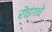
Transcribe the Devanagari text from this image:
रोइंगचे